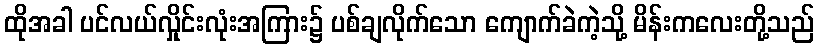
ထိုအခါ ပင်လယ်လှိုင်းလုံးအကြား၌ ပစ်ချလိုက်သော ကျောက်ခဲကဲ့သို့ မိန်းကလေးတို့သည်